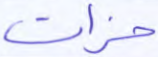
حزات